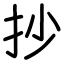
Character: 抄